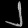
Digit: ၂